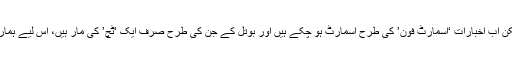
اسٹال پر اخبار بھی تھے، لیکن اب اخبارات ‘اسمارٹ فون’ کی طرح اسمارٹ ہو چکے ہیں اور بوتل کے جن کی طرح صرف ایک ‘ٹچ’ کی مار ہیں، اس لیے ہمارا ارادہ کتاب خریدنے کا تھا۔